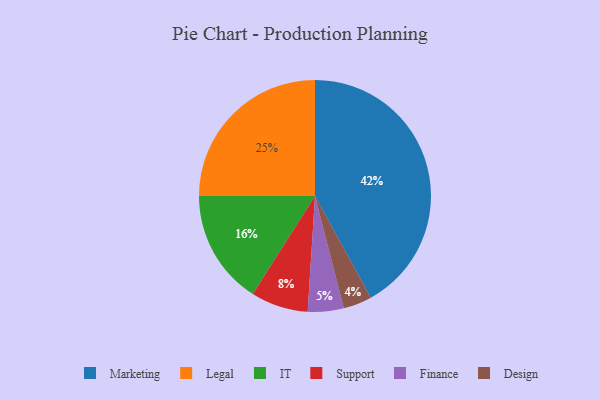
{"axis": {"x": "Category", "y": "Percentage"}, "legend": ["Design", "Finance", "IT", "Legal", "Marketing", "Support"], "data": [{"x": "Marketing", "y": 42, "type": "Marketing"}, {"x": "Legal", "y": 25, "type": "Legal"}, {"x": "Design", "y": 4, "type": "Design"}, {"x": "Support", "y": 8, "type": "Support"}, {"x": "IT", "y": 16, "type": "IT"}, {"x": "Finance", "y": 5, "type": "Finance"}]}